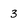
Character: 3